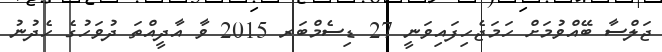
ޖަލްސާ ބޭއްވުމަށް ހަމަޖެހިފައިވަނީ 27 ޑިސެމްބަރ 2015 ވާ އާދީއްތަ ދުވަހުގެ ހެދުނު